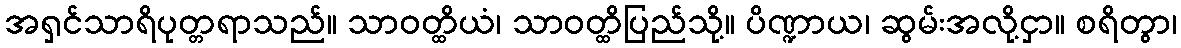
အရှင်သာရိပုတ္တရာသည်။ သာဝတ္ထိယံ၊ သာဝတ္ထိပြည်သို့။ ပိဏ္ဍာယ၊ ဆွမ်းအလို့ငှာ။ စရိတွာ၊